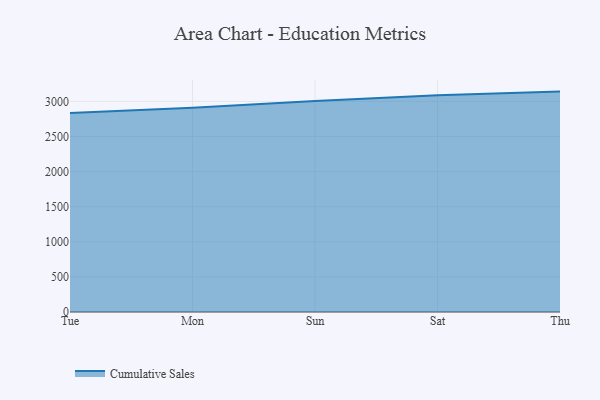
{"axis": {"x": "Day", "y": "Active Users"}, "legend": ["Cumulative Sales"], "data": [{"x": "Tue", "y": 2836.1, "type": "Cumulative Sales"}, {"x": "Mon", "y": 2910.6, "type": "Cumulative Sales"}, {"x": "Sun", "y": 3006.0, "type": "Cumulative Sales"}, {"x": "Sat", "y": 3089.3, "type": "Cumulative Sales"}, {"x": "Thu", "y": 3140.1, "type": "Cumulative Sales"}]}